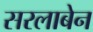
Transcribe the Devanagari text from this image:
सरलाबेन